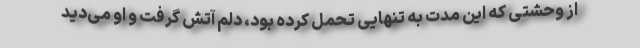
از وحشتی که این مدت به تنهایی تحمل کرده بود، دلم آتش گرفت و او می‌دید